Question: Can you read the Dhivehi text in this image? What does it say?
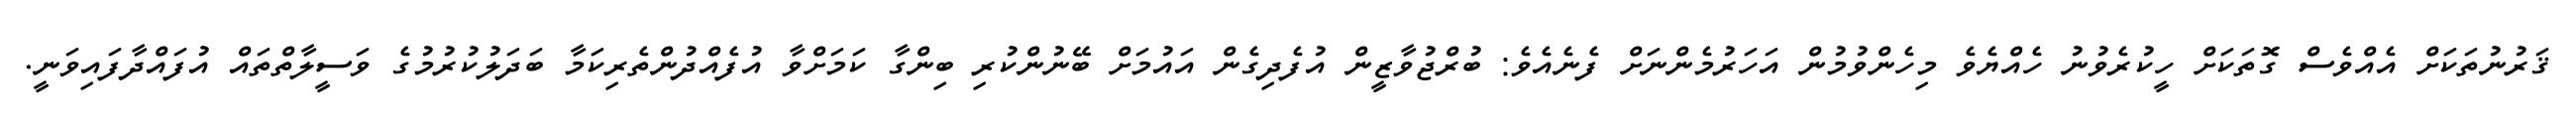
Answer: ޤަރުނުތަކަށް އެއްވެސް ގޮތަކަށް ހީކުރެވުނު ހެއްޔެވެ މިހެންވުމުން އަހަރުމެންނަށް ފެނެއެވެ: ބުރްޖުވާޒީން އުފެދިގެން އައުމަށް ބޭނުންކުރި ބިންގާ ކަމަށްވާ އުފެއްދުންތެރިކަމާ ބަދަލުކުރުމުގެ ވަސީލާތްތައް އުފައްދާފައިވަނީ.